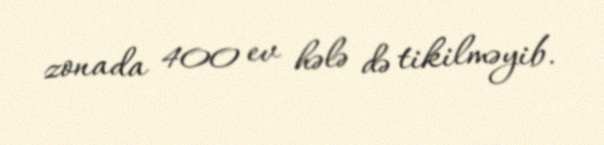
zonada 400 ev hələ də tikilməyib.